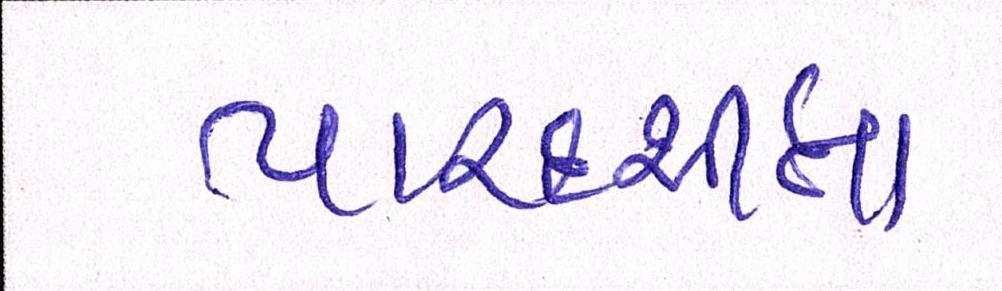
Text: પારદર્શીતા